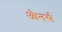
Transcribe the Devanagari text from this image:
औनर्स